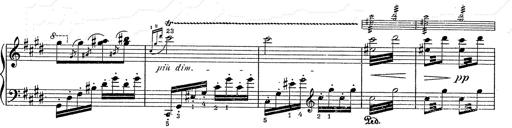
Title: Hungarian Rhapsody No.2
Composer: Franz Liszt
Key: C-sharp minor